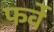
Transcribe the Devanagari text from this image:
फर्वे